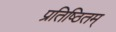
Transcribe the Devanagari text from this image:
प्रतिष्ठितम्